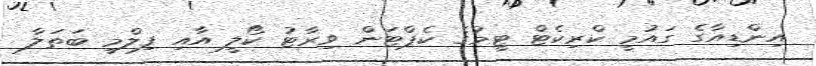
އިންޑިއާގެ ގައުމީ ކްރިކެޓް ޓީމުގެ ކެޕްޓަން ވިރާޓު ކޯލީ އާއި ފިލްމީ ބަތަލާ